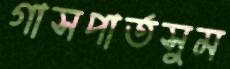
গাসপার্তসুম